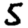
Digit: 5